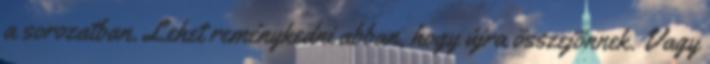
a sorozatban. Lehet reménykedni abban, hogy újra összejönnek. Vagy